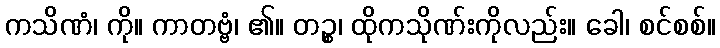
ကသိဏံ၊ ကို။ ကာတဗ္ဗံ၊ ၏။ တဉ္စ၊ ထိုကသိုဏ်းကိုလည်း။ ခေါ၊ စင်စစ်။